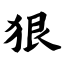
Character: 狠